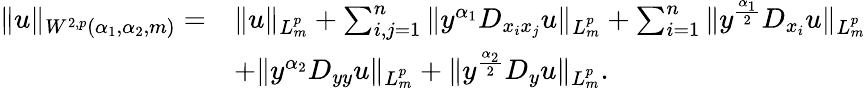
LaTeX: \begin{array}{rl}{\| u\| _{W^{2,p}(\alpha_{1},\alpha_{2},m)}=}&{\| u\| _{L_{m}^{p}}+\sum_{i,j=1}^{n}\| y^{\alpha_{1}}D_{x_{i}x_{j}}u\| _{L_{m}^{p}}+\sum_{i=1}^{n}\| y^{\frac{\alpha_{1}}2}D_{x_{i}}u\| _{L_{m}^{p}}}\\ &{+\| y^{\alpha_{2}}D_{yy}u\| _{L_{m}^{p}}+\| y^{\frac{\alpha_{2}}{2}}D_{y}u\| _{L_{m}^{p}}.}\end{array}